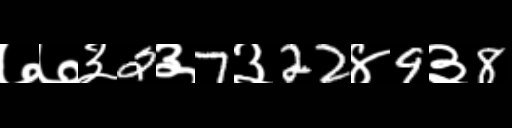
Text: ७७३2३7३22४9३8